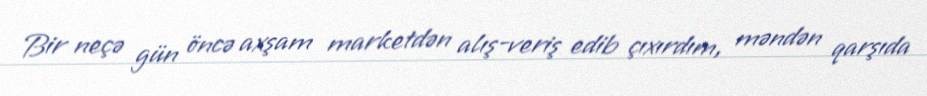
Bir neçə gün öncə axşam marketdən alış-veriş edib çıxırdım, məndən qarşıda